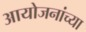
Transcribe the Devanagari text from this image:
आयोजनांच्‍या